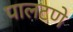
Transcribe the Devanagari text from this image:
पालटणे